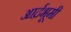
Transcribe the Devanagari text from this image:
आर्द्रभूमी